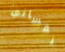
نفساني